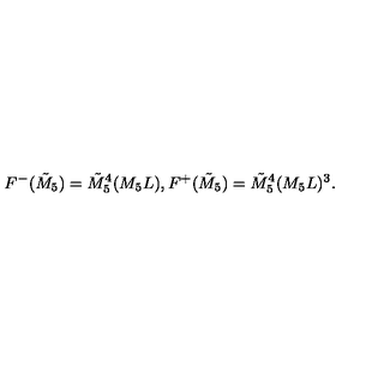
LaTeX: F ^ { - } ( \tilde { M } _ { 5 } ) = \tilde { M } _ { 5 } ^ { 4 } ( M _ { 5 } L ) , F ^ { + } ( \tilde { M } _ { 5 } ) = \tilde { M } _ { 5 } ^ { 4 } ( M _ { 5 } L ) ^ { 3 } .